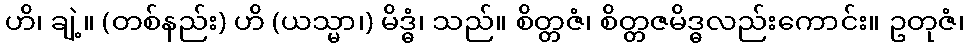
ဟိ၊ ချဲ့။ (တစ်နည်း) ဟိ (ယသ္မာ၊) မိဒ္ဓံ၊ သည်။ စိတ္တဇံ၊ စိတ္တဇမိဒ္ဓလည်းကောင်း။ ဥတုဇံ၊